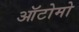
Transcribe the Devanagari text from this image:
ऑटोमो